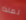
لماذا